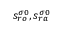
s _ { r o } ^ { \sigma 0 } , s _ { r a } ^ { \sigma 0 }